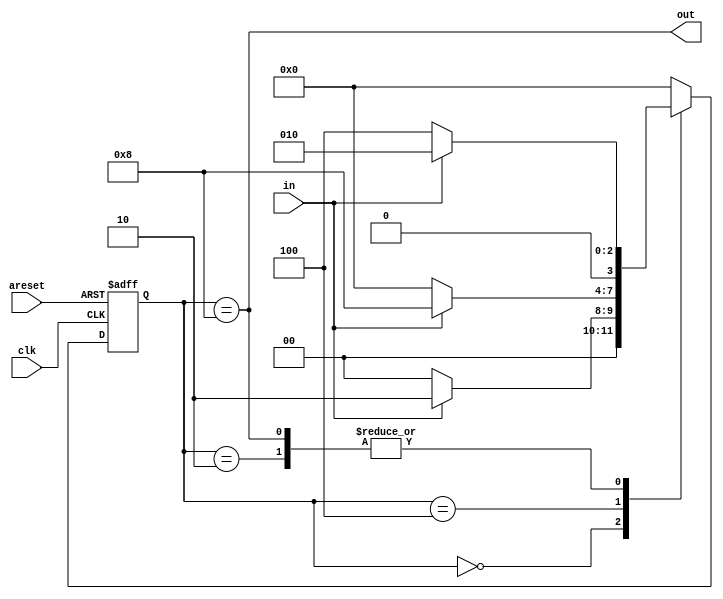
module top_module(
    input clk,
    input in,
    input areset,
    output out); //
    
    parameter A=4'b0000,B=4'b0010,C=4'b0100,D=4'b1000;
    reg [3:0] state,next_state;

    // State transition logic
    always @(*) begin
        case(state)
            A:next_state=in?B:A;
            B:next_state=in?B:C;
            C:next_state=in?D:A;
            D:next_state=in?B:C;
            default:next_state=A;
        endcase
    end

    // State flip-flops with asynchronous reset
    always @(posedge clk or posedge areset) begin
        if(areset) state<=A;
        else       state<=next_state;
    end
    // Output logic
    assign out=(state==D);

endmodule